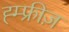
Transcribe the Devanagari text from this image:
ह्म्फ्रीज़